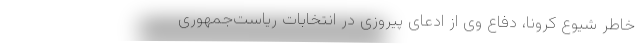
خاطر شیوع کرونا، دفاع وی از ادعای پیروزی در انتخابات ریاست‌جمهوری